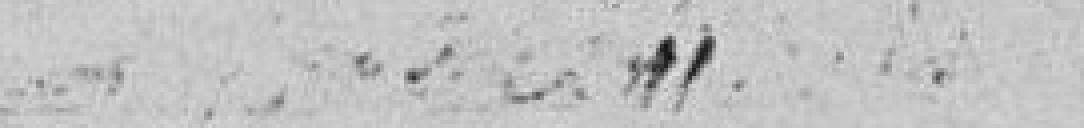
Continuation de ses études